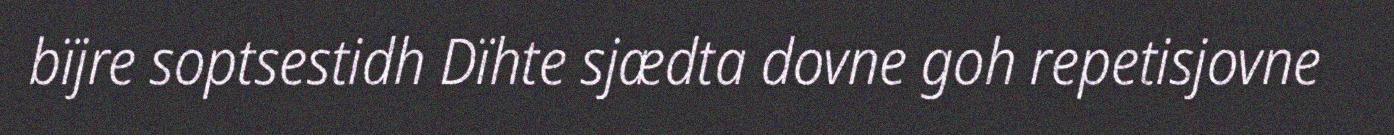
bïjre soptsestidh Dïhte sjædta dovne goh repetisjovne